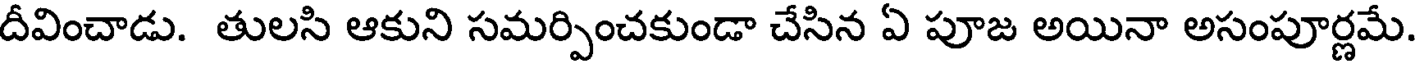
దీవించాడు. తులసి ఆకుని సమర్పించకుండా చేసిన ఏ పూజ అయినా అసంపూర్ణమే.